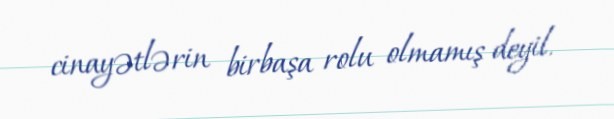
cinayətlərin birbaşa rolu olmamış deyil.